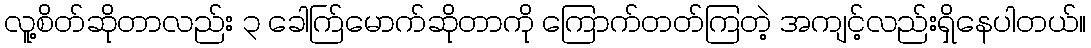
လူ့စိတ်ဆိုတာလည်း ၃ ခေါက်ြမောက်ဆိုတာကို ကြောက်တတ်ကြတဲ့ အကျင့်လည်းရှိနေပါတယ်။